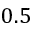
0 . 5